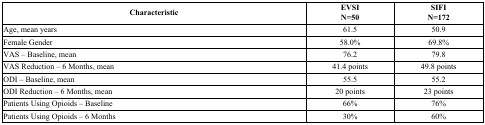
<table><thead><tr><td><b>Characteristic</b></td><td><b>EVSIN=50</b></td><td><b>SIFIN=172</b></td></tr></thead><tbody><tr><td>Age, mean years</td><td>61.5</td><td>50.9</td></tr><tr><td>Female Gender</td><td>58.0%</td><td>69.8%</td></tr><tr><td>VAS – Baseline, mean</td><td>76.2</td><td>79.8</td></tr><tr><td>VAS Reduction – 6 Months, mean</td><td>41.4 points</td><td>49.8 points</td></tr><tr><td>ODI – Baseline, mean</td><td>55.5</td><td>55.2</td></tr><tr><td>ODI Reduction – 6 Months, mean</td><td>20 points</td><td>23 points</td></tr><tr><td>Patients Using Opioids – Baseline</td><td>66%</td><td>76%</td></tr><tr><td>Patients Using Opioids – 6 Months</td><td>30%</td><td>60%</td></tr></tbody></table>